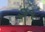
૭૧